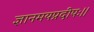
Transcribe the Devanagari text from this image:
ज्ञानमयप्रदीपः।।